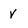
Character: v